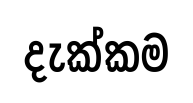
දැක්කම